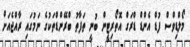
މޯލްޑިވްސް ފުޑް އެންޑް ޑްރަގް އޮތޯރިޓީން ބުނީ ތަފާތު ބްރޭންޑްތަކުގެ ނަމުގައި ރާއްޖެއަށް